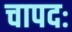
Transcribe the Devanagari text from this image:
चापदः